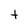
Character: t